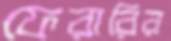
ফেরারির